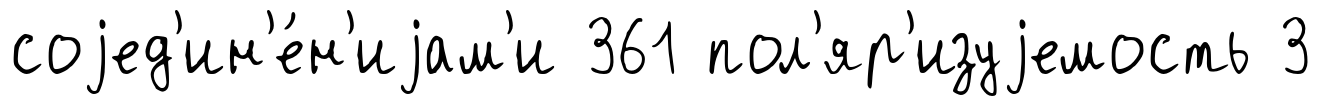
соjед'ин'е́н'иjам'и 361 пол'яр'изуjемость 3